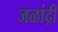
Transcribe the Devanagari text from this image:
जळांद्री